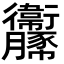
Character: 𧲞